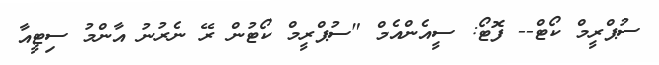
ސުޕްރީމް ކޯޓް-- ފޮޓޯ: ސީއެންއެމް "ސުޕްރީމް ކޯޓުން ރޭ ނެރުނު އާންމު ސިޓީއާ